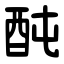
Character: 䣩